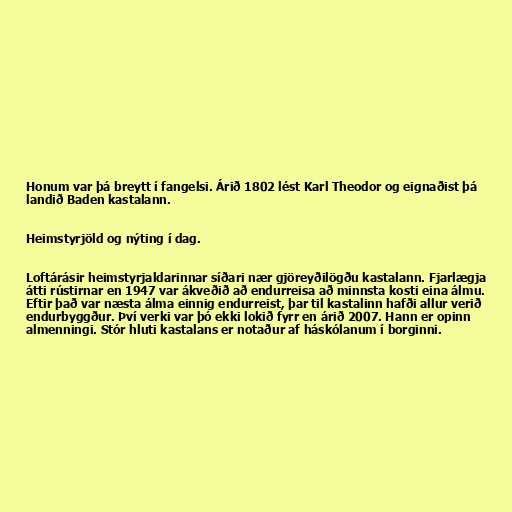
Honum var þá breytt í fangelsi. Árið 1802 lést Karl Theodor og eignaðist þá
landið Baden kastalann.

Heimstyrjöld og nýting í dag.

Loftárásir heimstyrjaldarinnar síðari nær gjöreyðilögðu kastalann. Fjarlægja
átti rústirnar en 1947 var ákveðið að endurreisa að minnsta kosti eina álmu.
Eftir það var næsta álma einnig endurreist, þar til kastalinn hafði allur verið
endurbyggður. Því verki var þó ekki lokið fyrr en árið 2007. Hann er opinn
almenningi. Stór hluti kastalans er notaður af háskólanum í borginni.